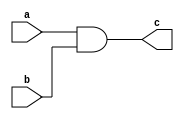
module continuous_assignment (
    input wire a,
    input wire b,
    output reg c
);

always @(*) begin
    c = a & b; // Continuous assignment statement for creating combinational logic
end

endmodule